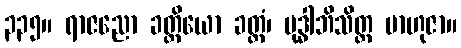
၃၃၅။ ရာဇညော ခတ္တိယော ခတ္တံ၊ မုဒ္ဓါဘိသိတ္တ ဗာဟုဇာ။